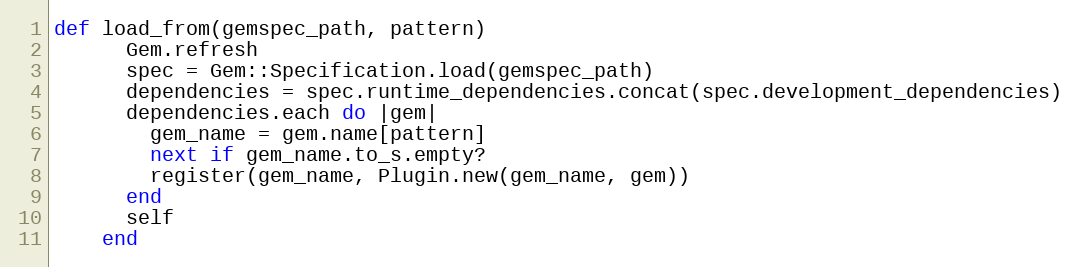
Language: Ruby
def load_from(gemspec_path, pattern)
      Gem.refresh
      spec = Gem::Specification.load(gemspec_path)
      dependencies = spec.runtime_dependencies.concat(spec.development_dependencies)
      dependencies.each do |gem|
        gem_name = gem.name[pattern]
        next if gem_name.to_s.empty?
        register(gem_name, Plugin.new(gem_name, gem))
      end
      self
    end